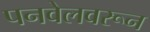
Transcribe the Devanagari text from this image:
पनवेलवरून